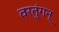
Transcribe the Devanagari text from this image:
वरतुंगन्